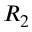
R _ { 2 }